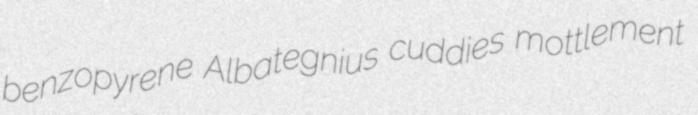
benzopyrene Albategnius cuddies mottlement